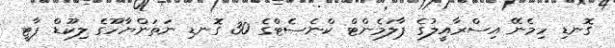
ގޮނޑި ހިމެނޭ އިސްރާއީލުގެ ޕާލަމެންޓް ކްނެސެޓްގެ 30 ގޮނޑި ނަތަންޔާހޫގެ ލިކޫޑް ޕާޓީ